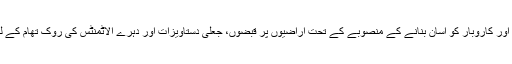
بورڈ آف ریونیو نے اصلاحات پروگرام اور کاروبار کو آسان بنانے کے منصوبے کے تحت اراضیوں پر قبضوں، جعلی دستاویزات اور دہرے الاٹمنٹس کی روک تھام کے لیے بڑے نوعیت کے فیصلے کیے ہیں۔